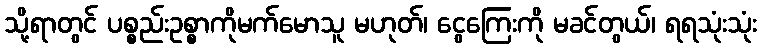
သို့ရာတွင် ပစ္စည်းဥစ္စာကိုမက်မောသူ မဟုတ်၊ ငွေကြေးကို မခင်တွယ်၊ ရရသုံးသုံး